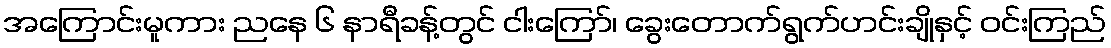
အကြောင်းမူကား ညနေ ၆ နာရီခန့်တွင် ငါးကြော်၊ ခွေးတောက်ရွက်ဟင်းချိုနှင့် ဝင်းကြည်